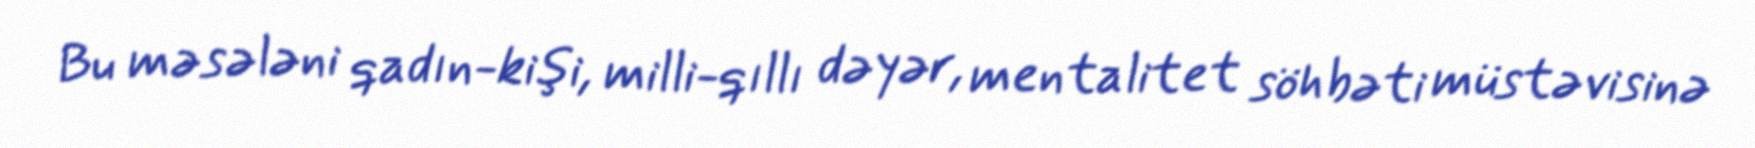
Bu məsələni qadın-kişi, milli-qıllı dəyər, mentalitet söhbəti müstəvisinə